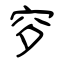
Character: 穸